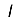
Digit: 1